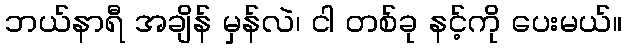
ဘယ်နာရီ အချိန် မှန်လဲ၊ ငါ တစ်ခု နင့်ကို ပေးမယ်။